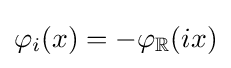
\varphi _{i}(x)=-\varphi _{\mathbb {R} }(ix)